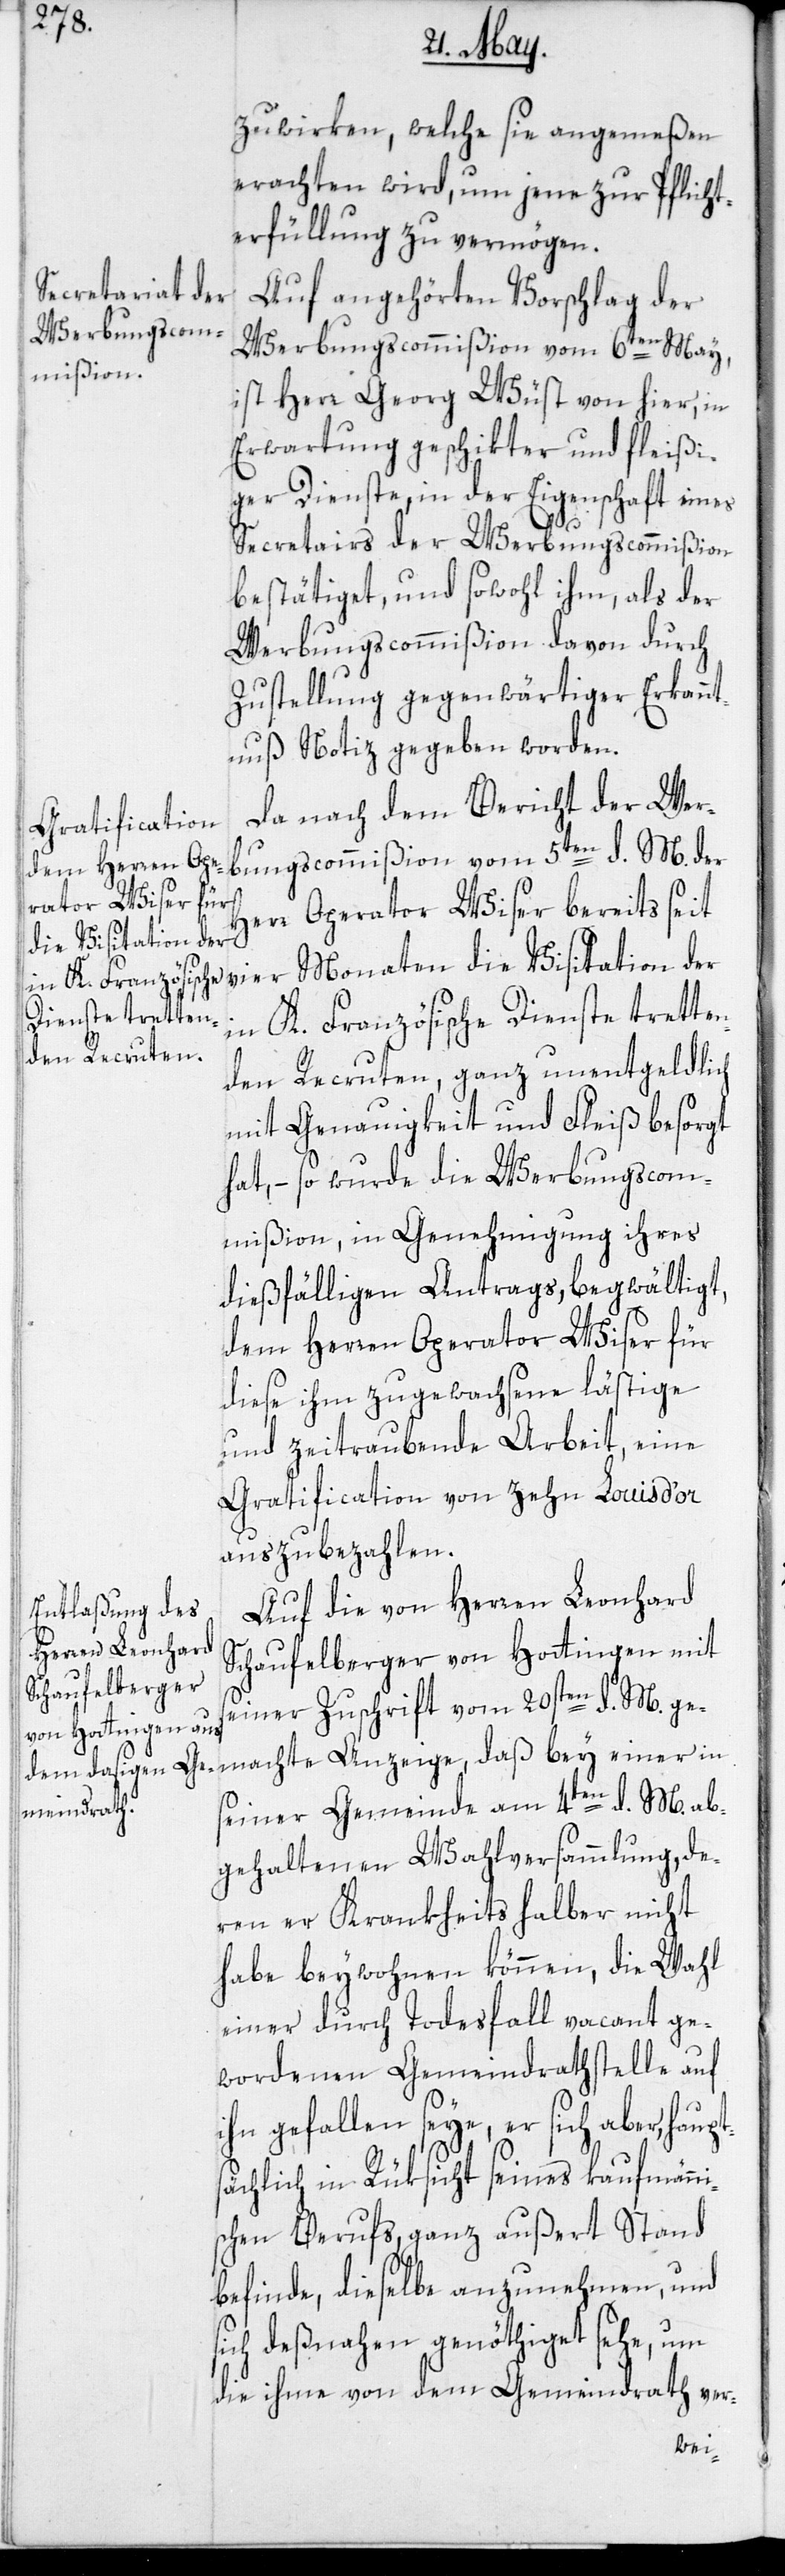
zuwirken, welche sie angemeßen
erachten wird, um jene zur Pflicht¬
erfüllung zu vermögen.
Auf angehörten Vorschlag der
Werbungscommißion vom 6ten May,
ist Herr Georg Wüst von hier, in
Erwartung geschikter und fleißi¬
ger Dienste, in der Eigenschaft eines
Secretairs der Werbungscommißion
bestätiget, und sowohl ihm, als der
Werbungscommißion davon durch
Zustellung gegenwärtiger Erkannt¬
nuß Notiz gegeben worden.
Da nach dem Bericht der Wer¬
bungscommißion vom 5ten d. M. der
rr Operator Wiser bereits seit
i¬
die Visitation der
in K. Französische Dienste trette¬
nden Recruten, ganz unentgeldlich
mit Genauigkeit und Fleiß besorgt
hat, – so wurde die Werbungscom¬
mißion, in Genehmigung ihres
dießfälligen Antrags, begwältigt,
dem Herren Operator Wiser für
diese ihm zugewachsene lästige
und zeitraubende Arbeit, eine
Gratification von zehn Louis d’or
auszubezahlen.
Auf die von Herren Leonhard
Schaufelberger von Hottingen mit
einer Zuschrift vom 20sten d. M. ge¬
machte Anzeige, daß bey einer in
seiner Gemeinde am 4ten d. M. ab¬
gehaltenen Wahlversammlung, de¬
ren er Krankheits halber nicht
habe beywohnen können, die Wahl
einer durch Todesfall vacant ge¬
wordenen Gemeindrathstelle auf
ihn gefallen seye, er sich aber, haup¬
sächlich in Rüksicht seines kaufmänn¬
schen Berufs, ganz außert Stand
befinde, dieselbe anzunehmen, und
sich deßnahen genöthiget sehe, um
die ihme von dem Gemeindrath ver-